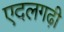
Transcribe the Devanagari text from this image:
एदलगढ़ी